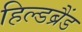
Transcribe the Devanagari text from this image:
हिल्डब्रैंड